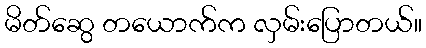
မိတ်ဆွေ တယောက်က လှမ်းပြောတယ်။